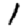
Digit: 1